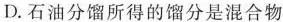
D.石油分馏所得的馏分是混合物